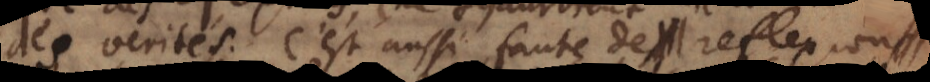
des verités. C’est aussi faute de reflexion